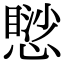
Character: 𢡸